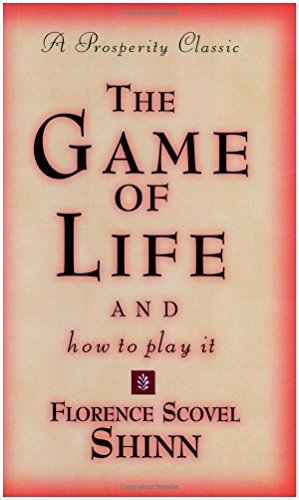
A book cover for The Game of Life and How to Play It (Prosperity Classic); Florence Scovel Shinn; Religion & Spirituality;